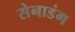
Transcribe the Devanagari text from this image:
सेनाडंग